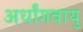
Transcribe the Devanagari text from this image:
अर्धांगवायु